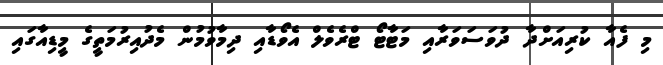
މި ފެއާ ކުރިއަށްދާ ދުވަސަވަރާއި މަޓާޓޯ ޓްރެވެލް އެވޯޑާއި ދިމާވުމުން މެދުއިރުމަތީގެ މީޑިއާގައި